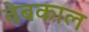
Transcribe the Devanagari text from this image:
वेबकाल